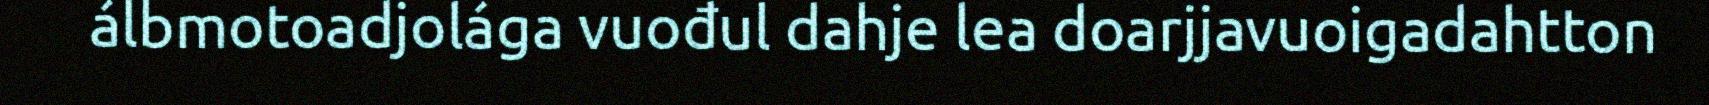
álbmotoadjolága vuođul dahje lea doarjjavuoigadahtton